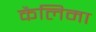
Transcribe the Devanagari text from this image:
कैलिमा